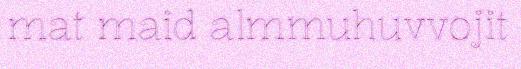
mat maid almmuhuvvojit